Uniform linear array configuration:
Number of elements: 8
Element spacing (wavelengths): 0.75
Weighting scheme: hamming
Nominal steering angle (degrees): -60
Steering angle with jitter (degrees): -60.606
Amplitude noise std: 0.05
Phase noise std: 0.05

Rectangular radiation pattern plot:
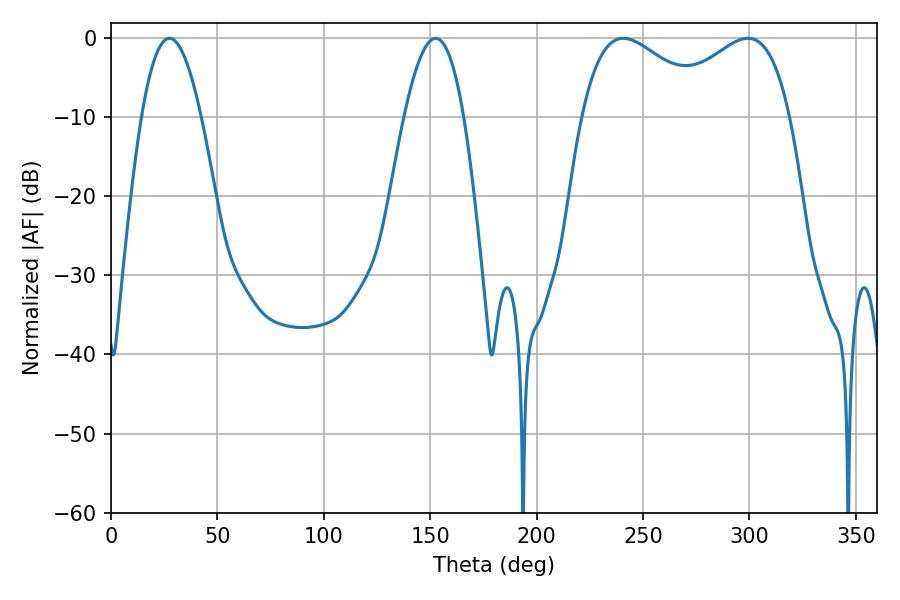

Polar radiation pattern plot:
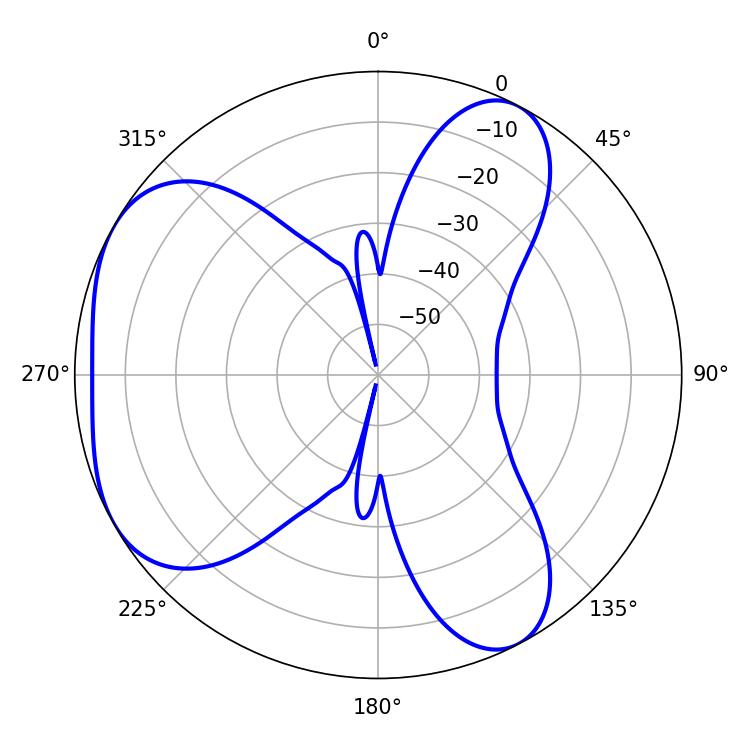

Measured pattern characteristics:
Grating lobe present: TRUE
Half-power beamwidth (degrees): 33.48
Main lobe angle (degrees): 240.66